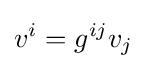
v^{i}=g^{ij}v_{j}